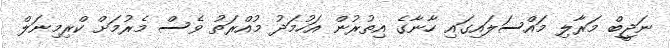
ނަޖީބް މަރާލި މައްސަލައިގައި ހާނާގެ އިތުރުން އަހުމަދު މުއްރަތު ވެސް މެރުމަށް ކްރިމިނަލް